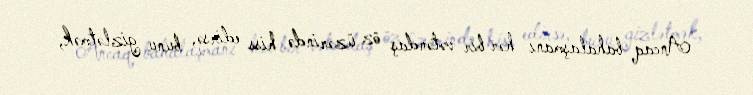
Ancaq bahalaşmanı hər bir vətəndaş öz üzərində hiss edirsə, bunu gizlətmək,